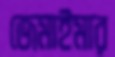
জেমাইমার